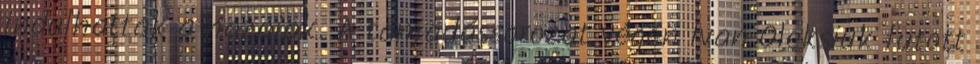
indulhattak a hazaiak. A támadássorozat végén Ivan Oleksiuk futott